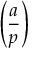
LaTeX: \left( { \frac { a } { p } } \right)